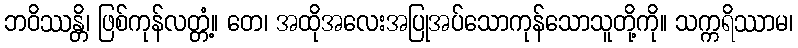
ဘဝိဿန္တိ၊ ဖြစ်ကုန်လတ္တံ့။ တေ၊ အထိုအလေးအပြုအပ်သောကုန်သောသူတို့ကို။ သက္ကရိဿာမ၊